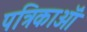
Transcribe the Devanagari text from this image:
पत्रिकाऑं